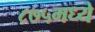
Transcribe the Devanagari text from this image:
८७५मध्ये